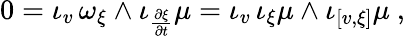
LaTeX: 0=\iota_{v}\, \omega_{\xi}\wedge\iota_{\frac{\partial\xi}{\partial t}}\mu=\iota_{v}\, \iota_{\xi}\mu\wedge\iota_{[v,\xi]}\mu\ ,